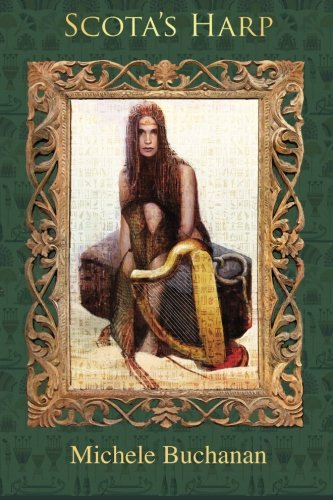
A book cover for Scota's Harp; Michele Buchanan; History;